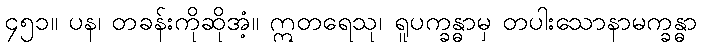
၄၅၁။ ပန၊ တခန်းကိုဆိုအံ့။ ဣတရေသု၊ ရူပက္ခန္ဓာမှ တပါးသောနာမက္ခန္ဓာ